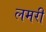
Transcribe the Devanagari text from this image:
लमरी